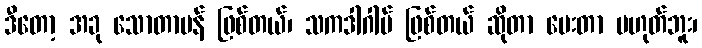
ဒီတော့ အခု သောတာပန် ဖြစ်တယ်၊ သကဒါဂါမ် ဖြစ်တယ် ဆိုတာ ပေးတာ မဟုတ်ဘူး၊